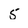
Character: 5